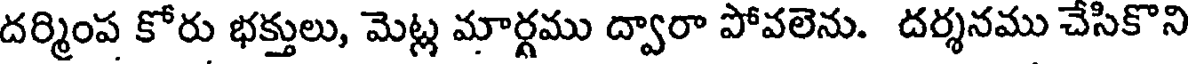
దర్మింప కోరు భక్తులు, మెట్ల మార్గము ద్వారా పోవలెను. దర్శనము చేసికొని